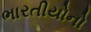
ભારતીયોનો